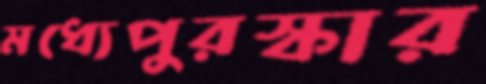
মধ্যেপুরস্কার